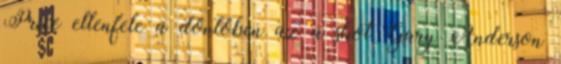
Price ellenfele a döntőben az a skót Gary Anderson